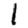
Digit: 1